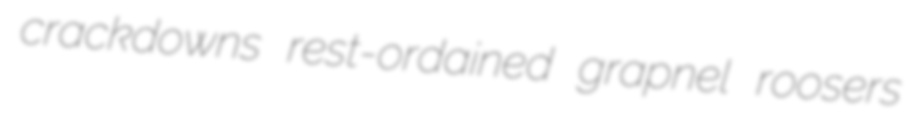
crackdowns rest-ordained grapnel roosers